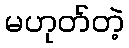
မဟုတ်တဲ့